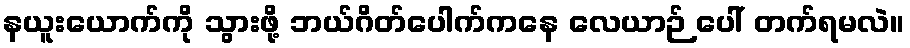
နယူးယောက်ကို သွားဖို့ ဘယ်ဂိတ်ပေါက်ကနေ လေယာဉ် ပေါ် တက်ရမလဲ။